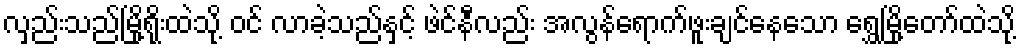
လှည်းသည်မြို့ရိုးထဲသို့ ဝင် လာခဲ့သည်နှင့် ဖဲင်နီလည်း အလွန်ရောက်ဖူးချင်နေသော ရွှေမြို့တော်ထဲသို့